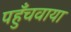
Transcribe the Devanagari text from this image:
पहुँचवाया